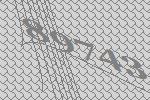
89743